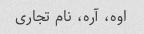
اوه، آره، نام تجاری